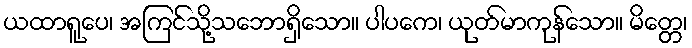
ယထာရူပေ၊ အကြင်သို့သဘောရှိသော။ ပါပကေ၊ ယုတ်မာကုန်သော။ မိတ္တေ၊